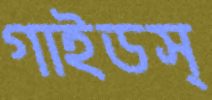
গাইডস্